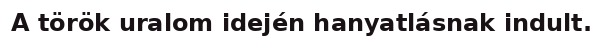
A török uralom idején hanyatlásnak indult.